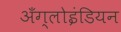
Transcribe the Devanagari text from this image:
अँग्लोइंडियन